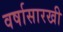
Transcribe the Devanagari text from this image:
वर्षासारखी